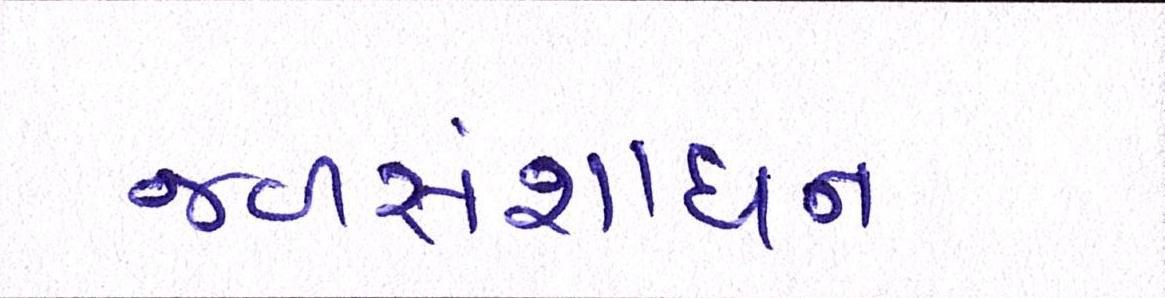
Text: જળસંશાધન